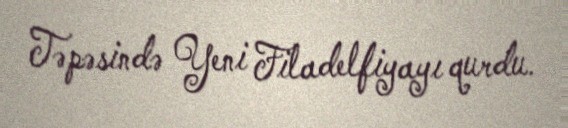
Təpəsində Yeni Filadelfiyayı qurdu.